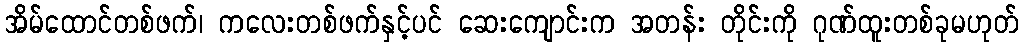
အိမ်ထောင်တစ်ဖက်၊ ကလေးတစ်ဖက်နှင့်ပင် ဆေးကျောင်းက အတန်း တိုင်းကို ဂုဏ်ထူးတစ်ခုမဟုတ်